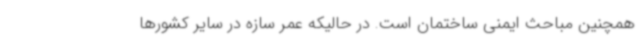
همچنین مباحث ایمنی ساختمان است. در حالیکه عمر سازه در سایر کشورها